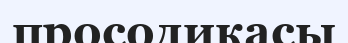
просодикасы